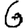
Digit: 6